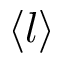
\left\langle l \right\rangle